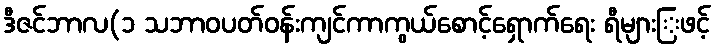
ဒီဇင်ဘာလ(၁ သဘာဝပတ်ဝန်းကျင်ကာကွယ်စောင့်ရှောက်ရေး ရီများြဖင့်